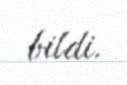
bildi.